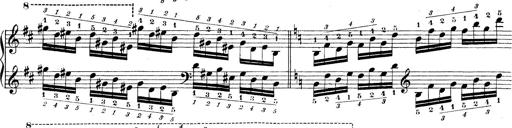
Title: Technische Studien
Composer: Franz Liszt